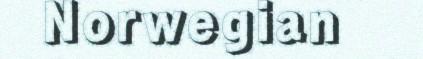
Norwegian